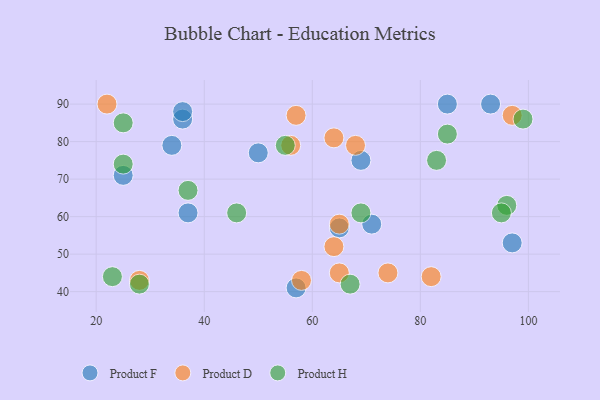
{"axis": {"x": "GDP", "y": "Life Expectancy"}, "legend": ["Product D", "Product F", "Product H"], "data": [{"x": "36", "y": 86, "type": "Product F"}, {"x": "97", "y": 53, "type": "Product F"}, {"x": "71", "y": 58, "type": "Product F"}, {"x": "69", "y": 75, "type": "Product F"}, {"x": "37", "y": 61, "type": "Product F"}, {"x": "93", "y": 90, "type": "Product F"}, {"x": "65", "y": 57, "type": "Product F"}, {"x": "85", "y": 90, "type": "Product F"}, {"x": "25", "y": 71, "type": "Product F"}, {"x": "50", "y": 77, "type": "Product F"}, {"x": "34", "y": 79, "type": "Product F"}, {"x": "57", "y": 41, "type": "Product F"}, {"x": "36", "y": 88, "type": "Product F"}, {"x": "65", "y": 58, "type": "Product D"}, {"x": "64", "y": 52, "type": "Product D"}, {"x": "56", "y": 79, "type": "Product D"}, {"x": "82", "y": 44, "type": "Product D"}, {"x": "57", "y": 87, "type": "Product D"}, {"x": "65", "y": 45, "type": "Product D"}, {"x": "28", "y": 43, "type": "Product D"}, {"x": "58", "y": 43, "type": "Product D"}, {"x": "64", "y": 81, "type": "Product D"}, {"x": "97", "y": 87, "type": "Product D"}, {"x": "74", "y": 45, "type": "Product D"}, {"x": "68", "y": 79, "type": "Product D"}, {"x": "22", "y": 90, "type": "Product D"}, {"x": "69", "y": 61, "type": "Product H"}, {"x": "96", "y": 63, "type": "Product H"}, {"x": "28", "y": 42, "type": "Product H"}, {"x": "83", "y": 75, "type": "Product H"}, {"x": "55", "y": 79, "type": "Product H"}, {"x": "46", "y": 61, "type": "Product H"}, {"x": "37", "y": 67, "type": "Product H"}, {"x": "23", "y": 44, "type": "Product H"}, {"x": "25", "y": 74, "type": "Product H"}, {"x": "95", "y": 61, "type": "Product H"}, {"x": "85", "y": 82, "type": "Product H"}, {"x": "67", "y": 42, "type": "Product H"}, {"x": "99", "y": 86, "type": "Product H"}, {"x": "25", "y": 85, "type": "Product H"}]}